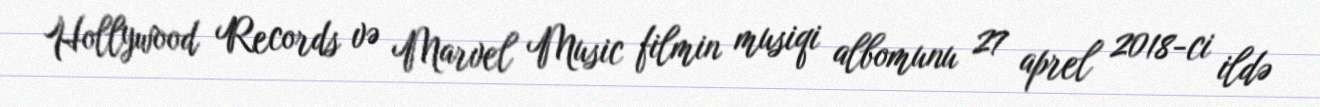
Hollywood Records və Marvel Music filmin musiqi albomunu 27 aprel 2018-ci ildə